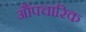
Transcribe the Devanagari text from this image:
औंपचारिक